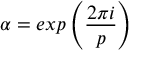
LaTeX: \alpha = e x p \left( \frac { 2 \pi i } { p } \right)